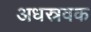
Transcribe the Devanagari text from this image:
अधस्रवक